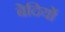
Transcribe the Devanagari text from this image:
बेदियों